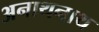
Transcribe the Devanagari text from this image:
अनाथनाथ